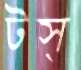
টস্‌